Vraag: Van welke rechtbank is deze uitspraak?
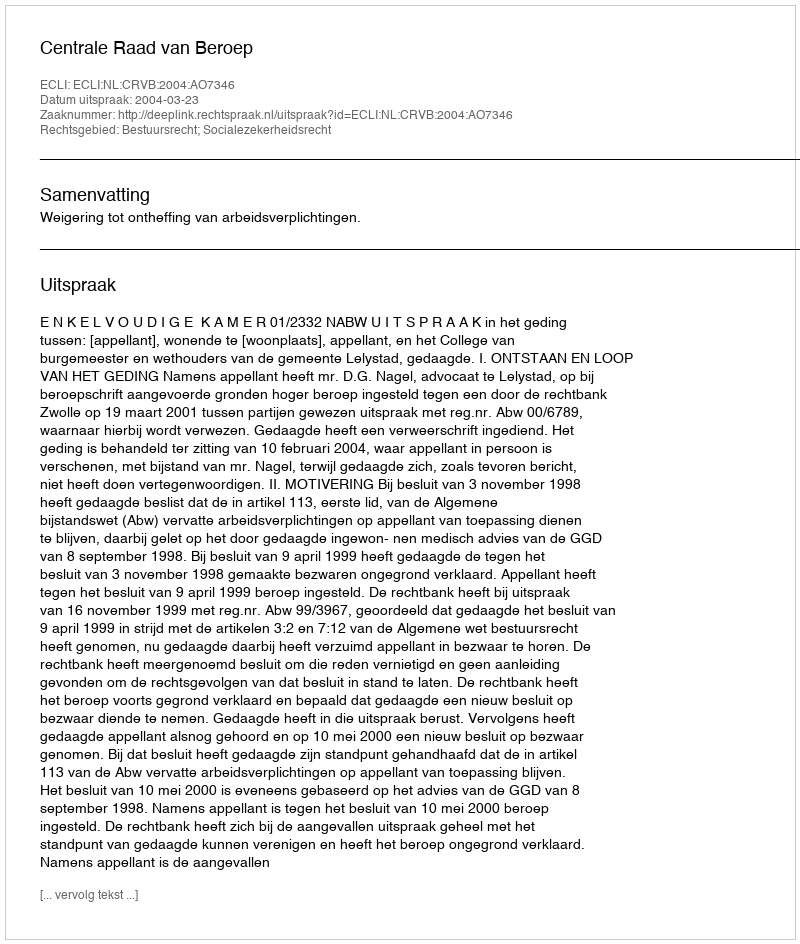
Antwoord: Centrale Raad van Beroep